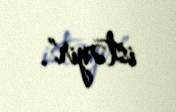
istəyir".